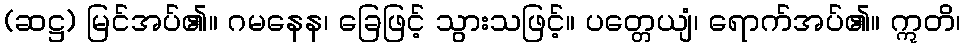
(ဆဋ္ဌ) မြင်အပ်၏။ ဂမနေန၊ ခြေဖြင့် သွားသဖြင့်။ ပတ္တေယျံ၊ ရောက်အပ်၏။ ဣတိ၊